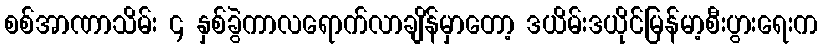
စစ်အာဏာသိမ်း ၄ နှစ်ခွဲကာလရောက်လာချိန်မှာတော့ ဒယိမ်းဒယိုင်မြန်မာ့စီးပွားရေးက